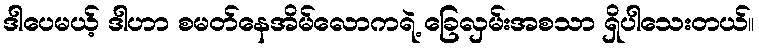
ဒါပေမယ့် ဒါဟာ စမတ်နေအိမ်လောကရဲ့ ခြေလှမ်းအစသာ ရှိပါသေးတယ်။